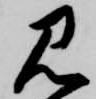
見